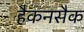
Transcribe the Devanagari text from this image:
हैकनसैक